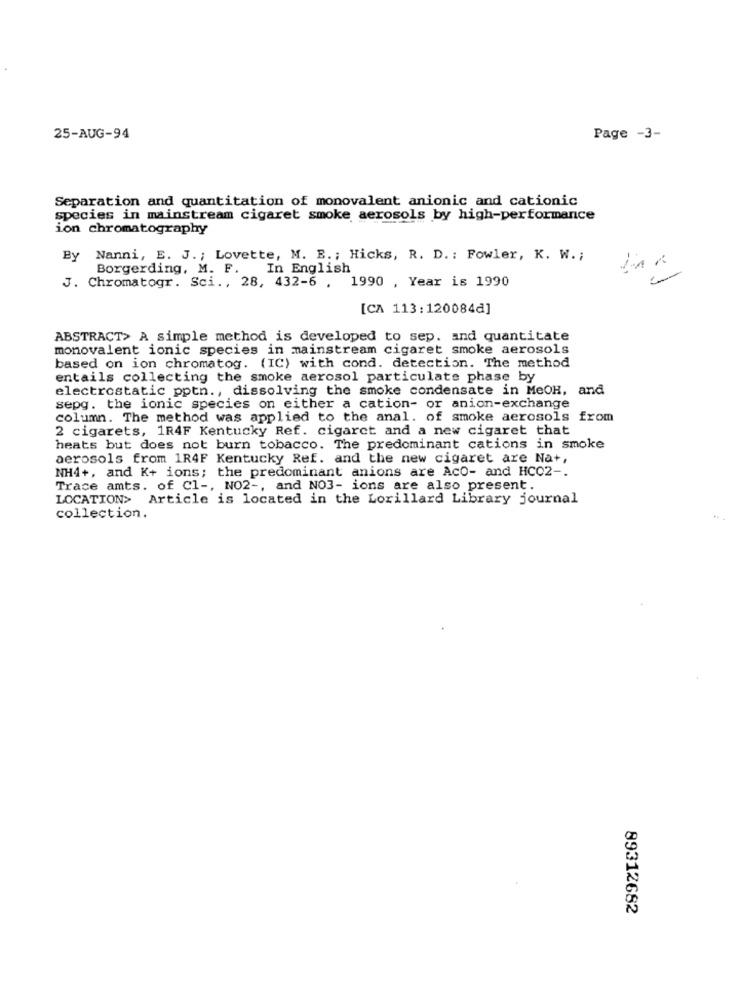
25-AUG-94
Page -3-
Separation and quantitation of monovalent anionic and cationic
species in mainstream cigaret smoke aerosols by high-performance
ion chromatography
By
Nanni, E. J .; Lovette, M. B .; Hicks, R. D. : Fowler, K. W. ;
Borgerding, M. F. In English
J. Chromatogr. Sci ., 28, 432-6 ,
1990 , Year is 1990
[CA 113:120084d]
ABSTRACT> A simple method is developed to sep. and quantitate
monovalent ionic species in mainstream cigaret smoke aerosols
based on ion chromatog. (IC) with cond. detection. The method
entails collecting the smoke aerosol particulate phase by
electrostatic pptn ., dissolving the smoke condensate in MeOH, and
sepg. the ionic species on either a cation- or anion-exchange
column. The method was applied to the anal. of smoke aerosols from
2 cigarets, 1R4F Kentucky Ref. cigaret and a new cigaret that
heats but does not burn tobacco. The predominant cations in smoke
aerosols from 1R4F Kentucky Ref. and the new cigaret are Na+,
NH4+, and K+ ions; the predominant anions are Aco- and HCC2 -.
Trace amts. of Cl -, NO2 -, and NO3- ions are also present.
LOCATION> Article is located in the Lorillard Library journal
collection.
89312682